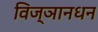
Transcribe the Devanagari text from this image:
विज्ञानधन